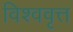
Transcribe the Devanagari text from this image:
विश्ववृत्त